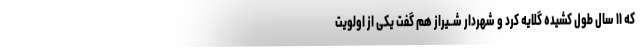
که ۱۱ سال طول کشیده گلایه کرد و شهردار شــیراز هم گفت یکی از اولویت